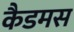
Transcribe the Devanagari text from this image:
कैडमस